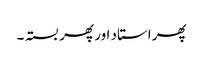
پھر استاد اور پھر بستہ ۔